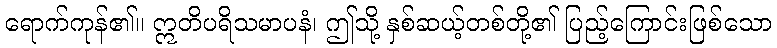
ရောက်ကုန်၏။ ဣတိပရိသမာပနံ၊ ဤသို့ နှစ်ဆယ့်တစ်တို့၏ ပြည့်ကြောင်းဖြစ်သော